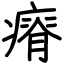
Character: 瘠